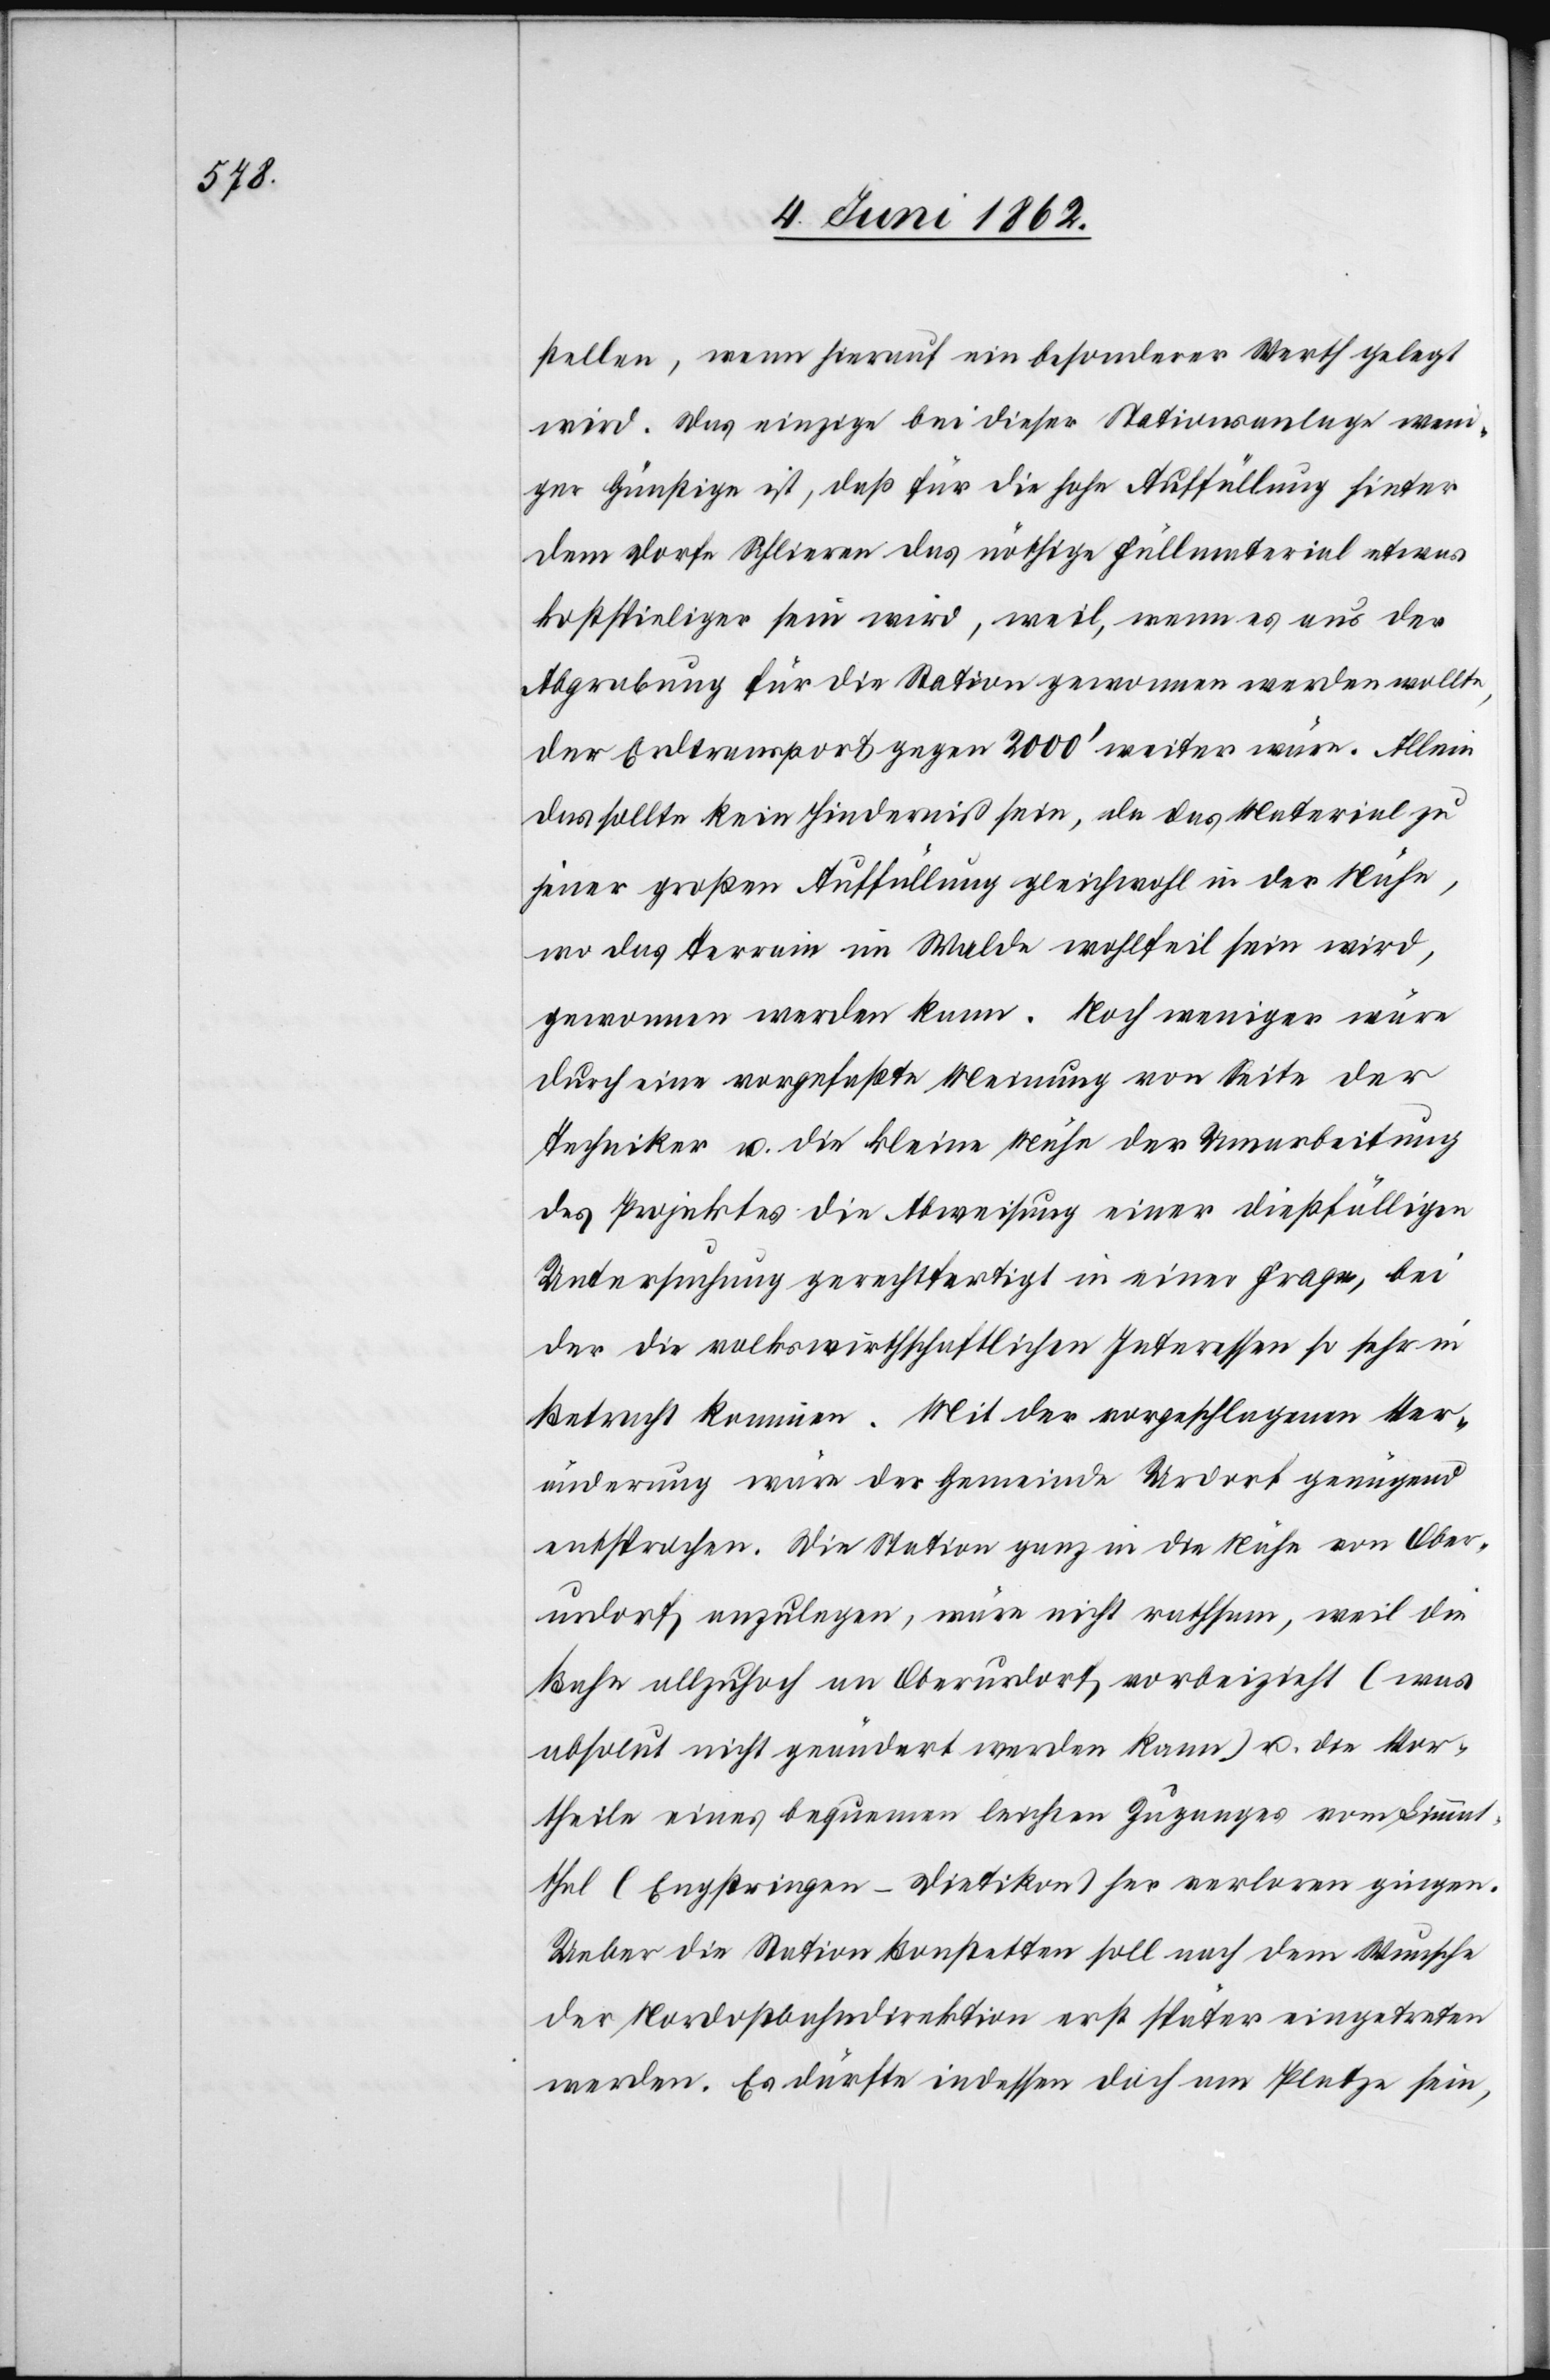
stellen, wenn hierauf ein besonderer Werth gelegt
wird. Das einzige bei dieser Stationsanlage weni¬
ger Günstige ist, daß für die hohe Auffüllung hinter
dem Dorfe Schlieren das nöthige Füllmaterial etwas
kostspieliger sein wird, weil, wenn es aus der
Abgrabung für die Station gewonnen werden wollte,
der Erdtransport gegen 2000’ weiter wäre. Allein
das sollte kein Hinderniß sein, da das Material zu
jener großen Auffüllung gleichwohl in der Nähe,
wo das Terrain im Walde wohlfeil sein wird,
gewonnen werden kann. Noch weniger wäre
durch eine vorgefaßte Meinung von Seite der
Techniker u. die kleine Nähe der Umarbeitung
des Projektes die Abweisung einer dießfälligen
Untersuchung gerechtfertigt in einer Frage, bei
der die volkswirthschaftlichen Interessen so sehr in
Betracht kommen. Mit der vorgeschlagenen Ver¬
änderung wäre der Gemeinde Urdorf genügend
entsprochen. Die Station ganz in die Nähe von Ober¬
urdorf anzulegen, wäre nicht rathsam, weil die
Bahn allzuhoch an Oberurdorf vorbeizieht (was
absolut nicht geändert werden kann) u. die Vor¬
theile eines bequemen leichten Zuganges vom Limmat¬
thal (Engstringen-Dietikon) her verloren gingen.
Ueber die Station Bonstetten soll nach dem Wunsche
der Nordostbahndirektion erst später eingetreten
werden. Es dürfte indessen doch am Platze sein,